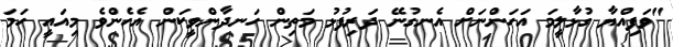
"ވަފިއްޔާ ގުޅާލީމަ އަހަންނަށް އެނގުނޭ ދަރިފުޅު މަތިން ހަނދާންވީކަން އެހެންވެ މިއައީ ހަމަ